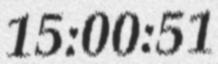
15:00:51